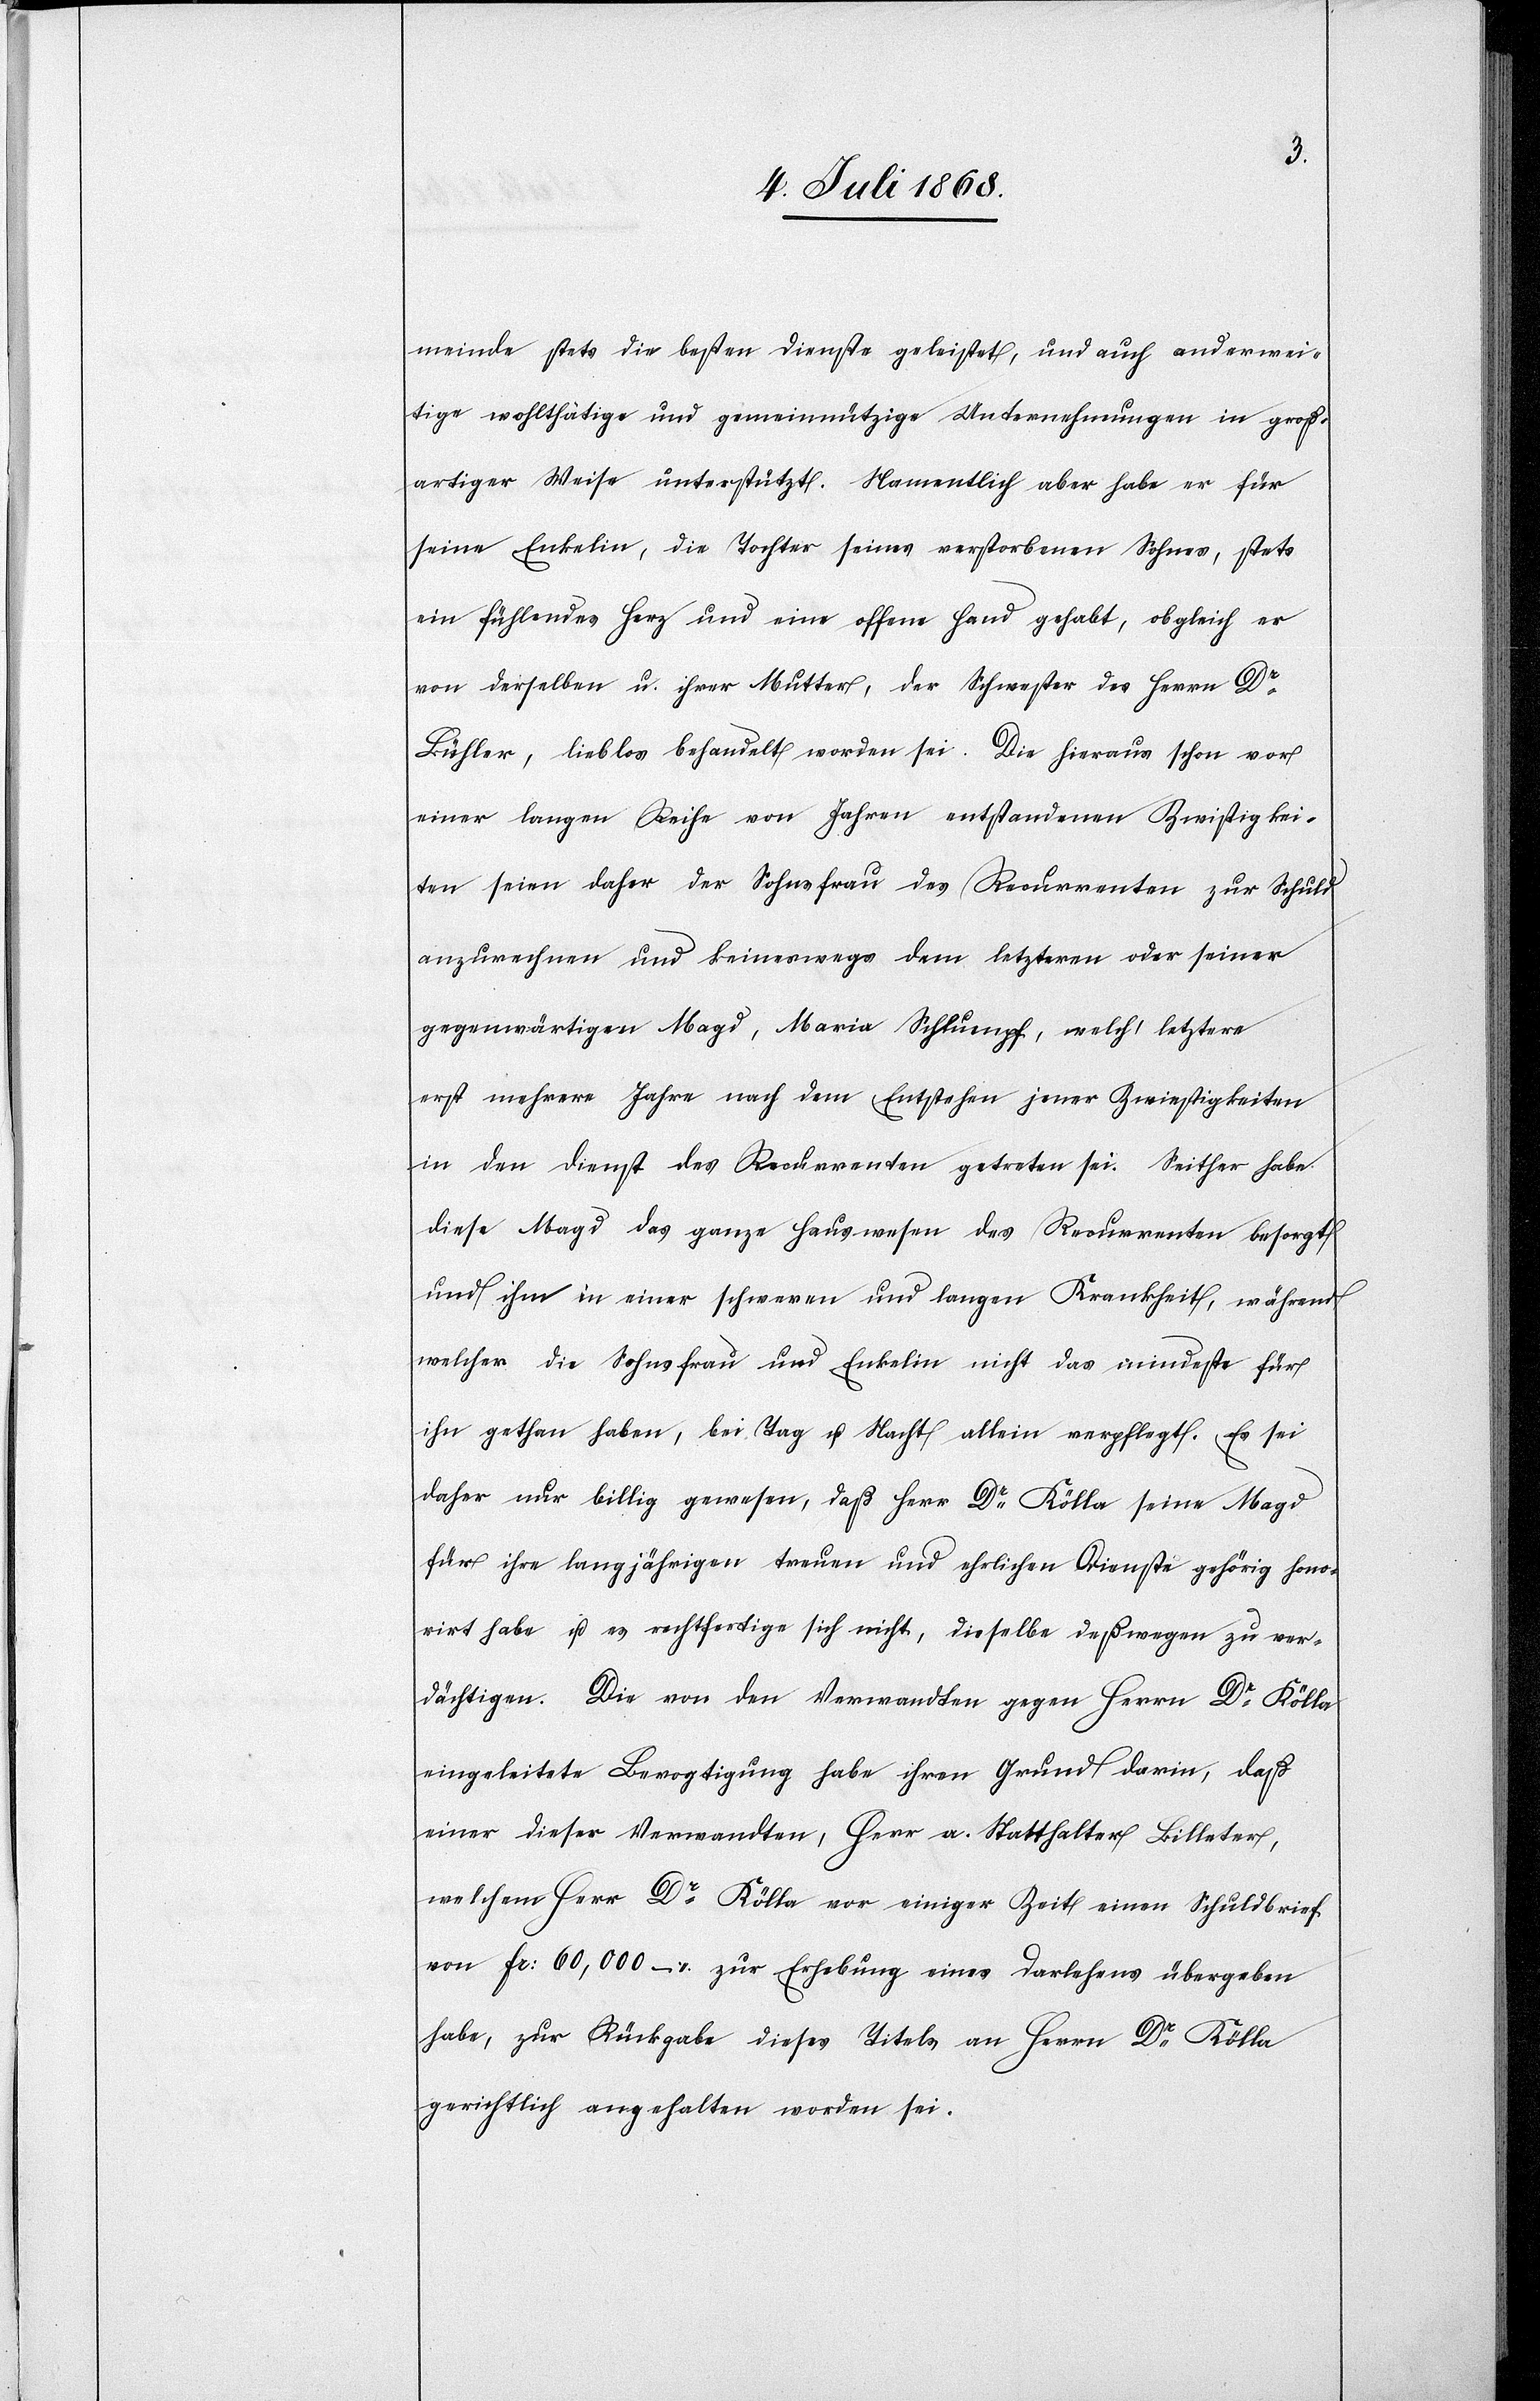
meinde stets die besten Dienste geleistet, und auch anderwei¬
tige wohlthätige und gemeinnützige Unternehmungen in groß¬
artiger Weise unterstützt. Namentlich aber habe er für
seine Enkelin, die Tochter seines verstorbenen Sohnes, stets
ein fühlendes Herz und eine offene Hand gehabt, obgleich er
von derselben u. ihrer Mutter, der Schwester des Herrn Dr
Bühler, lieblos behandelt worden sei. Die hieraus schon vor
einer langen Reihe von Jahren entstandenen Zwistigkei¬
ten seien daher der Sohnsfrau des Recurrenten zur Schuld
anzurechnen und keineswegs dem letzteren oder seiner
gegenwärtigen Magd, Maria Schlumpf, welch‘ letztere
erst mehrere Jahre nach dem Entstehen jener Zwiestigkeiten
in den Dienst des Recurrenten getreten sei. Seither habe
diese Magd das ganze Hauswesen des Recurrenten besorgt
und ihm in einer schweren und langen Krankheit, während
welcher die Sohnsfrau und Enkelin nicht das mindeste für
ihn gethan haben, bei Tag u. Nacht allein verpflegt. Es sei
daher nur billig gewesen, daß Herr Dr Kölla seine Magd
für ihre langjährigen treuen und ehrlichen Dienste gehörig hono¬
rirt habe u. es rechtfertige sich nicht, dieselbe deßwegen zu ver¬
dächtigen. Die von den Verwandten gegen Herrn Dr Kölla
eingeleitete Bevogtigung habe ihren Grund darin, daß
einer dieser Verwandten, Herr a. Statthalter Billeter,
welchem Herr Dr Kölla vor einiger Zeit einen Schuldbrief
von Fr: 60,000 – zur Erhebung eines Darlehens übergeben
habe, zur Rückgabe dieses Titels an Herrn Dr Kölla
gerichtlich angehalten worden sei.